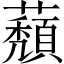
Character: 蘈